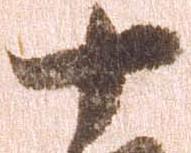
十